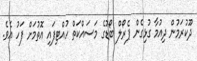
ދޫކުރަމުން ދިއުމާ ގުޅިގެން ޕެރޯލް ބޯޑުގެ މަސައްކަތް ހުއްޓިފައި އޮތުމަށް ފަހު އެވެ.